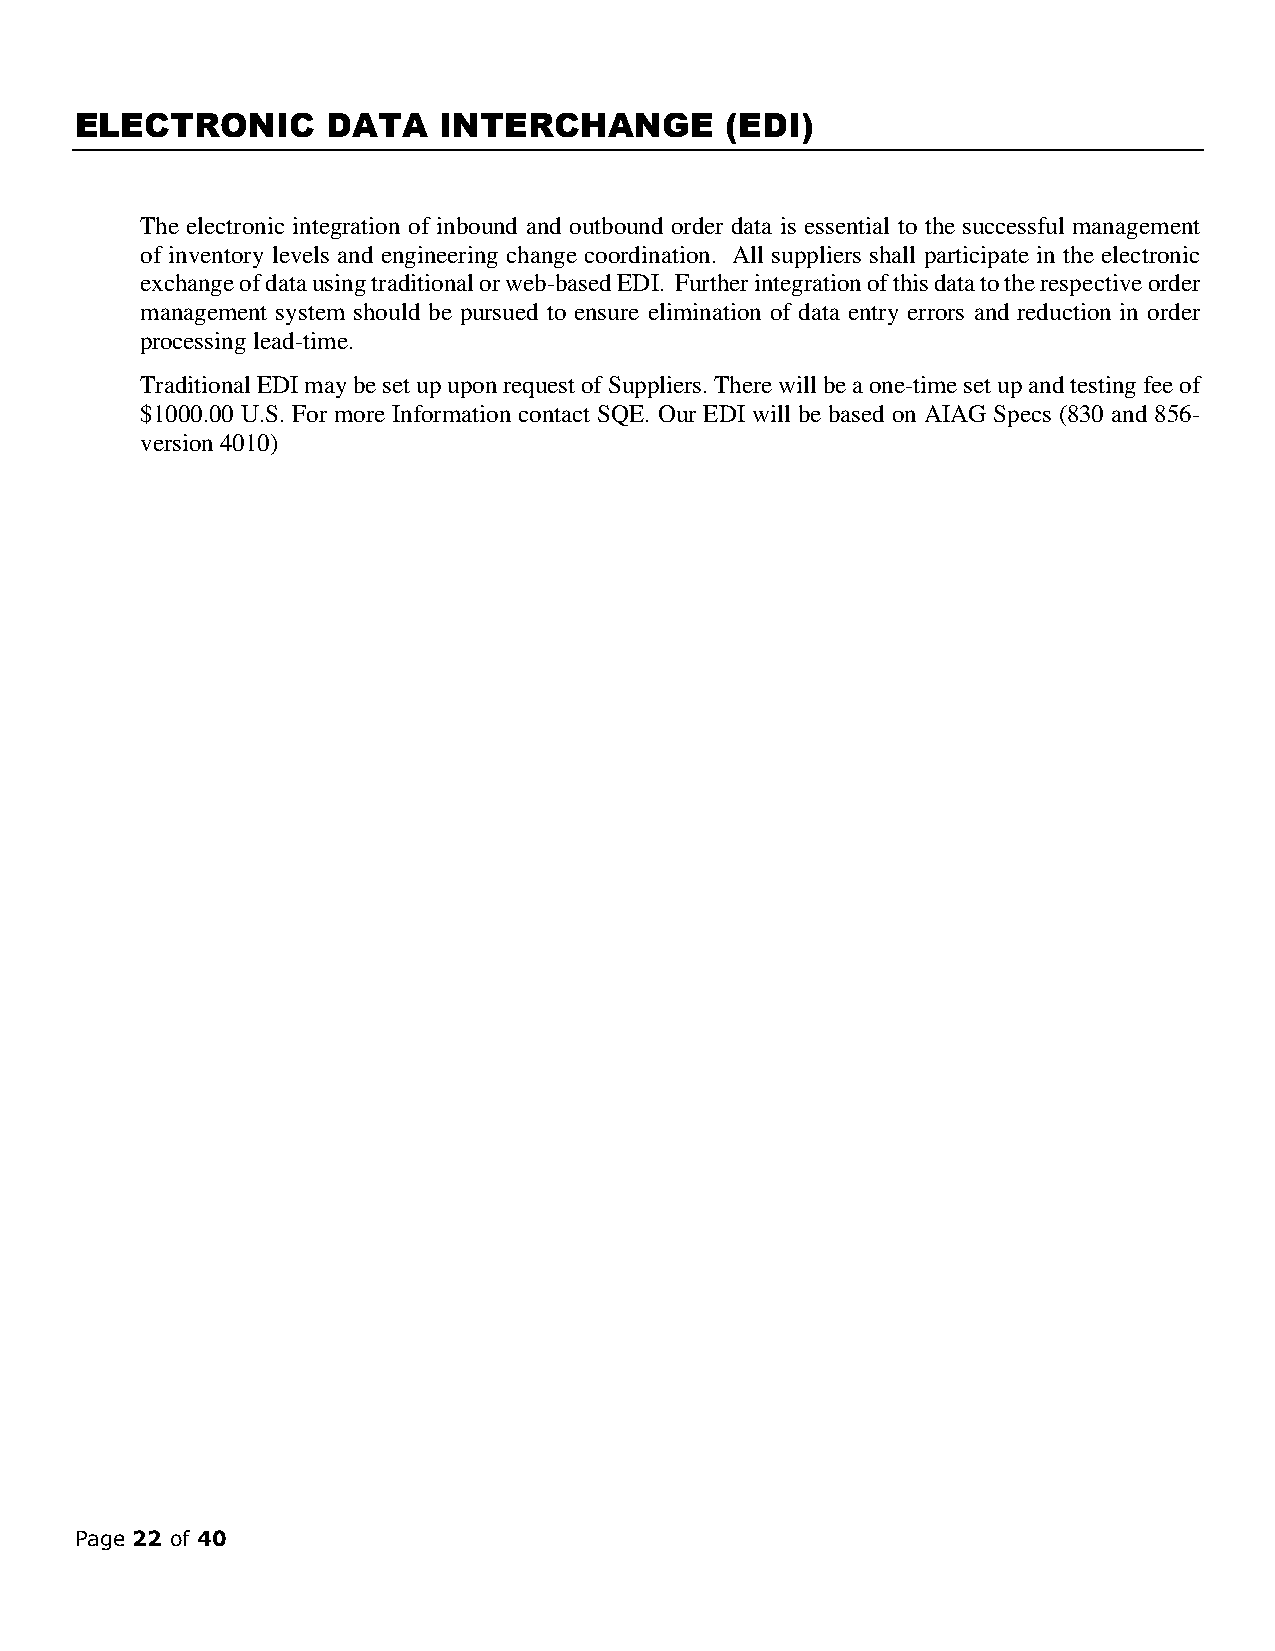
ELECTRONIC       DATA   INTERCHANGE        (EDI)
 The electronic integration of inbound and outbound order data is essential to the successful management
 of inventory levels and engineering change coordination. All suppliers shall participate in the electronic
 exchange of data using traditional or web-based EDI. Further integration of this data to the respective order
 management system should be pursued to ensure elimination of data entry errors and reduction in order
 processing lead-time.
 Traditional EDI may be set up upon request of Suppliers. There will be a one-time set up and testing fee of
 $1000.00 U.S. For more Information contact SQE. Our EDI will be based on AIAG Specs (830 and 856-
 version 4010)
 Page 22 of 40